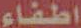
اطفاء